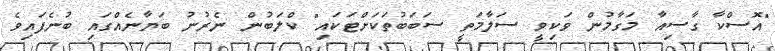
"އޮސްކާ ގާސިއާ މަގާމުން ވަކިވީ ސަލާމަތީ ސަބަބުތަކަށްޓަކައި" ކްލަބުން ނެރުނު ބަޔާނެއްގައި ބުނެފައިވެ